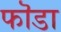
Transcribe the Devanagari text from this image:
फॊडा